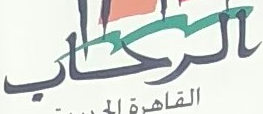
الرحاب